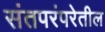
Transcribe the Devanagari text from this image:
संतपरंपरेतील